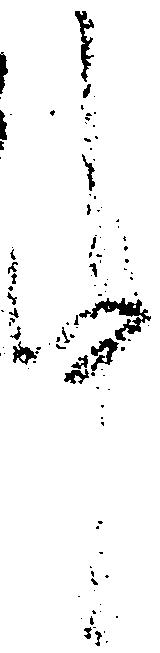
中